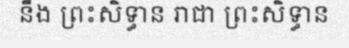
នឹង ព្រះសិទ្ធាន រាជា ព្រះសិទ្ធាន